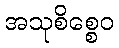
အသုစိစ္စေဝ